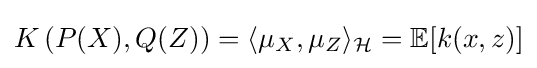
K\left(P(X),Q(Z)\right)=\langle \mu _{X},\mu _{Z}\rangle _{\mathcal {H}}=\mathbb {E} [k(x,z)]